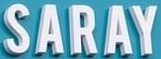
SARAY